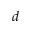
d